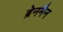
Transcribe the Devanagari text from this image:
ब्रेनमैन